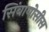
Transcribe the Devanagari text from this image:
सिंबायोसीस